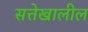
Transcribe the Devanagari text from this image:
सत्तेखालील